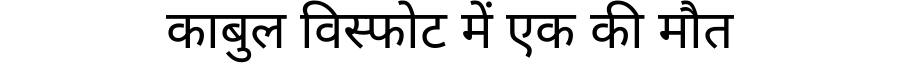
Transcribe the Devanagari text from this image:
काबुल विस्फोट में एक की मौत